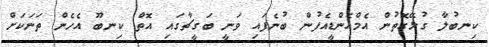
ކިނބުލާ ގުޅޭގޮތުން އެމްއެންޑީއެފުން ބުނެފައި ވަނީ ބަގީޗާގައި އޮތް ކިނބޫ އެހެން ތަނަކަށް